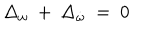
\Delta _ { \omega } ~ + ~ \Delta _ { \dot { \omega } } ~ = ~ 0